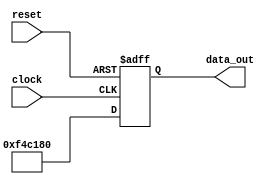
module version_reg (clock, reset, data_out);
    input clock;
    input reset;
    output [31:0] data_out;
    reg [31:0] data_out;
    always @ (posedge clock or negedge reset) begin
        if (!reset)
            data_out <= 32'h000000;
        else
            data_out <= 32'hF4C180;
    end
endmodule